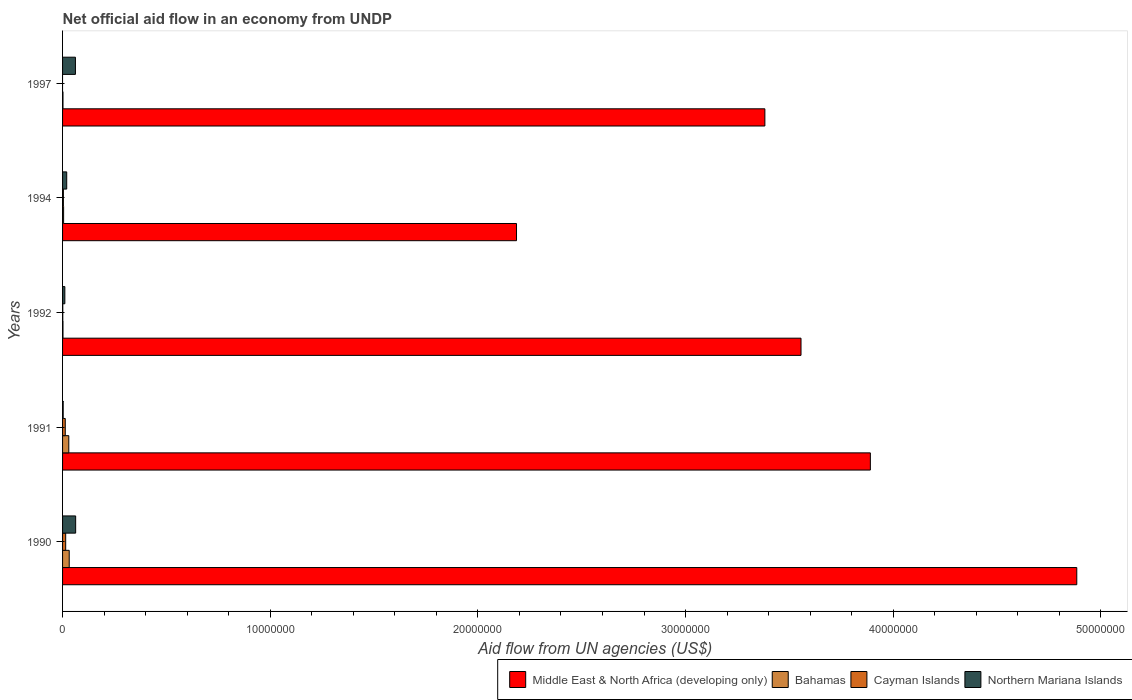
| Years | Middle East & North Africa (developing only) | Bahamas | Cayman Islands | Northern Mariana Islands |
 | --- | --- | --- | --- | --- |
 | 1990 | 4.88e+07 | 3.2e+05 | 1.5e+05 | 6.3e+05 |
 | 1991 | 3.89e+07 | 3e+05 | 1.3e+05 | 3e+04 |
 | 1992 | 3.56e+07 | 2e+04 | 1e+04 | 1.1e+05 |
 | 1994 | 2.19e+07 | 5e+04 | 4e+04 | 2e+05 |
 | 1997 | 3.38e+07 | 2e+04 | -1.5e+05 | 6.2e+05 |